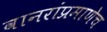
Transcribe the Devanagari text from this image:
वानरांप्रमाणेच